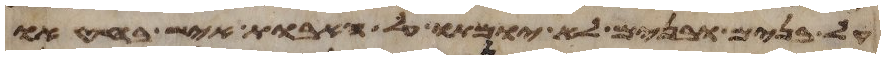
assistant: על בנים ובנים לא יומתו על האבות איש בחטאו